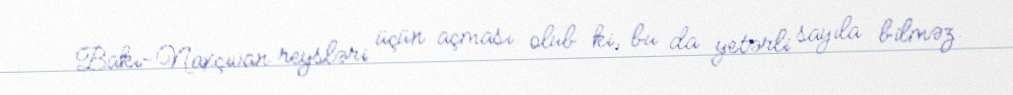
Bakı-Naxçıvan reysləri üçün açması olub ki, bu da yetərli sayıla bilməz.